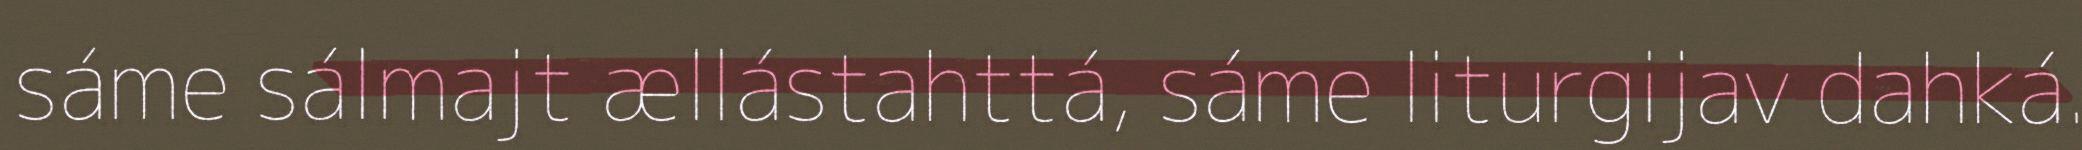
sáme sálmajt ællástahttá, sáme liturgijav dahká.